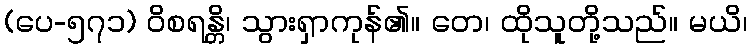
(ပေ-၅၇၁) ဝိစရန္တိ၊ သွားရှာကုန်၏။ တေ၊ ထိုသူတို့သည်။ မယိ၊